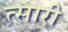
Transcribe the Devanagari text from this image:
त्सारी